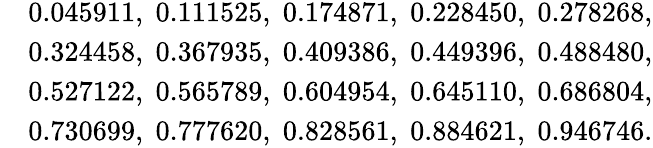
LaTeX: \begin{array}{rl}&{0.045911,\; 0.111525,\; 0.174871,\; 0.228450,\; 0.278268,}\\ &{0.324458,\; 0.367935,\; 0.409386,\; 0.449396,\; 0.488480,}\\ &{0.527122,\; 0.565789,\; 0.604954,\; 0.645110,\; 0.686804,}\\ &{0.730699,\; 0.777620,\; 0.828561,\; 0.884621,\; 0.946746.}\end{array}